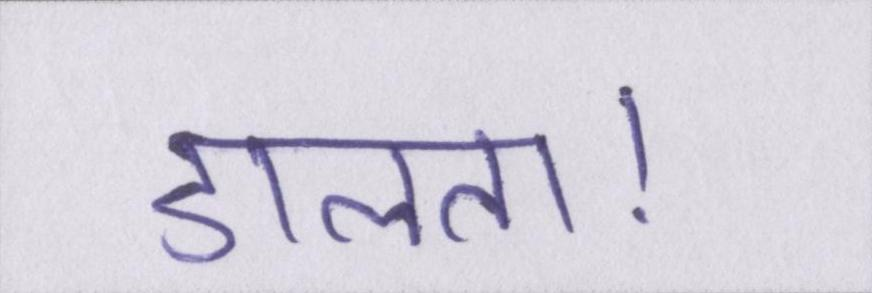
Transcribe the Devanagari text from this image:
डालता।